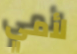
لأمي